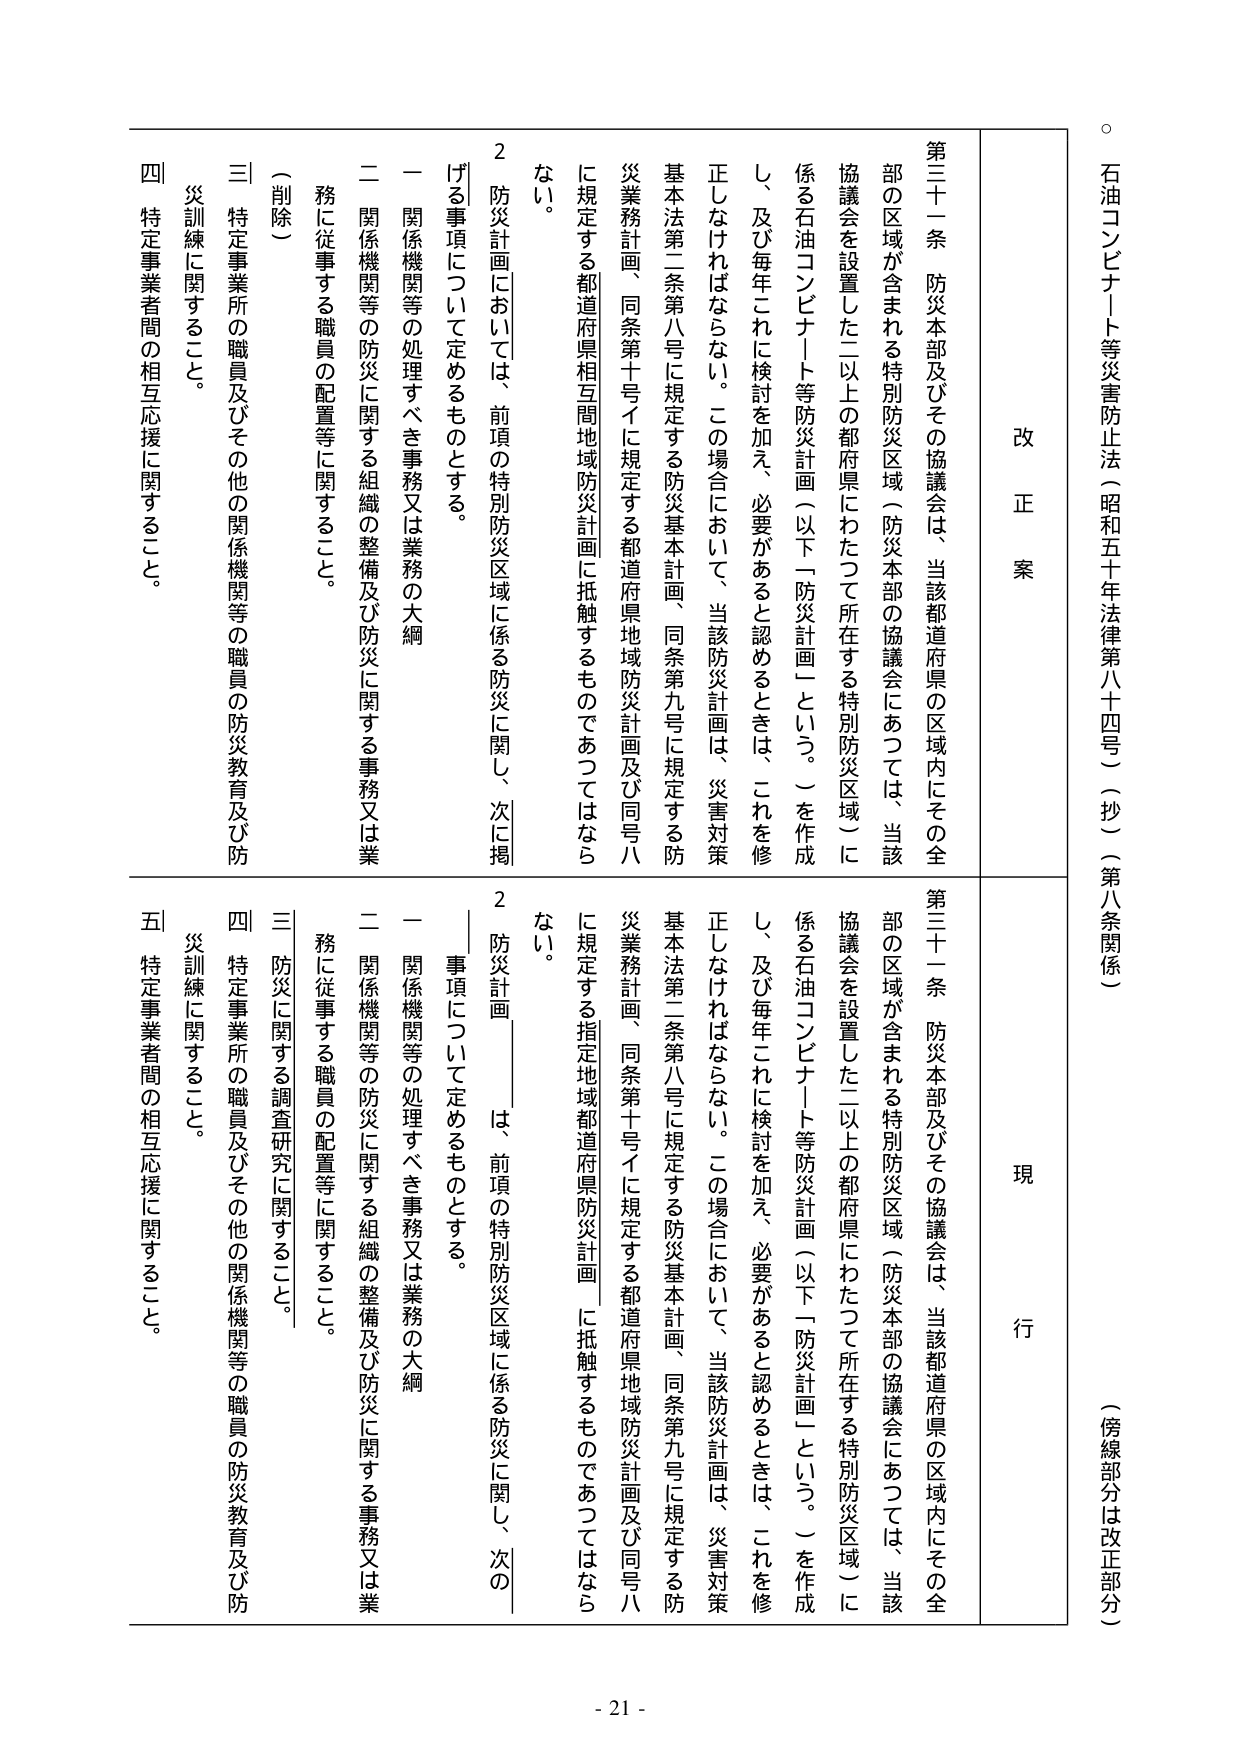
石 油 コ ン ビ ナ ー ト 等 災 害 防 止 法 （ 昭 和 五 十 年 法 律 第 八 十 四 号 ） （ 抄 ） （ 第 八 条 関 係 ）
（ 傍 線 部 分 は 改 正 部 分 ）

改 正 案

第三十一条 防災本部及びその協議会は、当該都道府県の区域内にその全部の区域が含まれる特別防災区域（防災本部の協議会にあつては、当該協議会を設置した二以上の都府県にわたつて所在する特別防災区域）に係る石油コンビナート等防災計画（以下「防災計画」という。）を作成し、及び毎年これに検討を加え、必要があると認めるときは、これを修正しなければならない。この場合において、当該防災計画は、災害対策基本法第二条第八号に規定する防災基本計画、同条第九号に規定する防災業務計画、同条第十号イに規定する都道府県地域防災計画及び同号八に規定する都道府県相互間地域防災計画に抵触するものであつてはならない。

２ 防災計画においては、前項の特別防災区域に係る防災に関し、次に掲げる事項について定めるものとする。
一 関係機関等の処理すべき事務又は業務の大綱
二 関係機関等の防災に関する組織の整備及び防災に関する事務又は業務に従事する職員の配置等に関すること。
（削除）
三 特定事業所の職員及びその他の関係機関等の職員の防災教育及び防災訓練に関すること。
四 特定事業者間の相互応援に関すること。

現 行

第三十一条 防災本部及びその協議会は、当該都道府県の区域内にその全部の区域が含まれる特別防災区域（防災本部の協議会にあつては、当該協議会を設置した二以上の都府県にわたつて所在する特別防災区域）に係る石油コンビナート等防災計画（以下「防災計画」という。）を作成し、及び毎年これに検討を加え、必要があると認めるときは、これを修正しなければならない。この場合において、当該防災計画は、災害対策基本法第二条第八号に規定する防災基本計画、同条第九号に規定する防災業務計画、同条第十号イに規定する都道府県地域防災計画及び同号八に規定する指定地域都道府県防災計画に抵触するものであつてはならない。

２ 防災計画は、前項の特別防災区域に係る防災に関し、次の事項について定めるものとする。
一 関係機関等の処理すべき事務又は業務の大綱
二 関係機関等の防災に関する組織の整備及び防災に関する事務又は業務に従事する職員の配置等に関すること。
三 防災に関する調査研究に関すること。
四 特定事業所の職員及びその他の関係機関等の職員の防災教育及び防災訓練に関すること。
五 特定事業者間の相互応援に関すること。

- 21 -